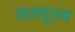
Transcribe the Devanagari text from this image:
सत्यपुरुष